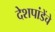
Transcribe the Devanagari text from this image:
देशपांडेंचे